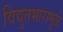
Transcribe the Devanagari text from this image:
विद्युतभारामुळे